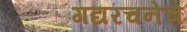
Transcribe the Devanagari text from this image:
गद्यरचनेचे